Bulletin of the Pasteur Institute of Southern India, Coonoor - No. 2.
Year: 1909
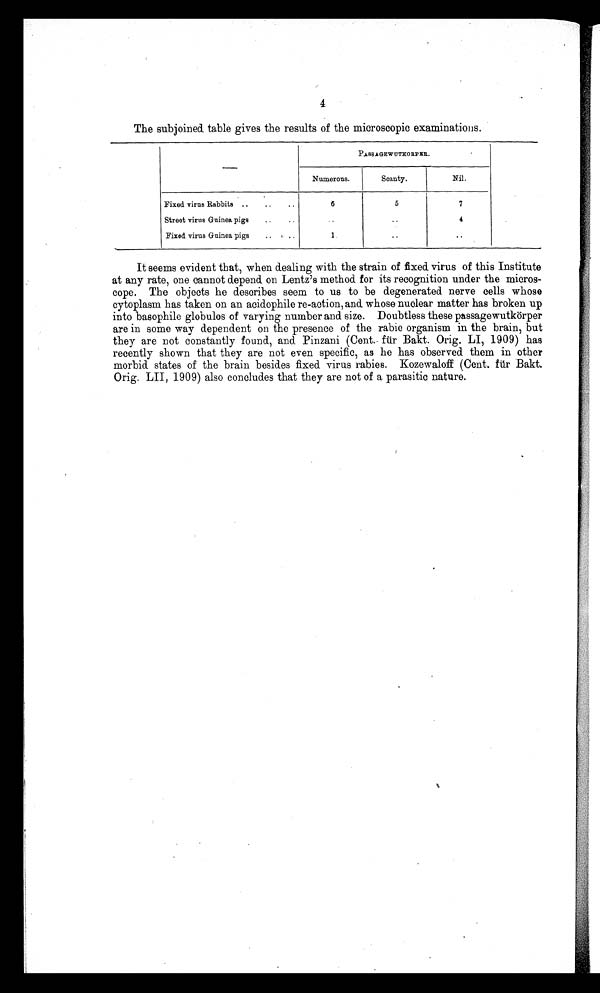
4
The subjoined. table gives the results of the microscopic examinations.
PASSAGEWUTKORPER.
Numerous.
Scanty.
Nil.
Fixed virus Rabbits ..
..
..
6
5
7
Street virus Guinea pigs
..
.
..
..
4
Fixed virus Guinea pigs
..
..
..
It seems evident that, when dealing with the strain of fixed. virus of this Institute
at any rate, one cannot depend on Lentz's method for its recognition under the micros-
cope. The objects he describes seem to us to be degenerated nerve cells whose
cytoplasm has taken on an acidophile re-action, and whose nuclear matter has broken up
into basophile globules of varying number and size. Doubtless these passagewutkörper
are in some way dependent on the presence of the rabic organism in the brain, but
they are not constantly found, and Pinzani (Cent.- für Bakt. Orig. LI, 1909) has
recently shown that they are not even specific, as he has observed them in other
morbid states of the brain besides fixed virus rabies. Kozewaloff (Cent. für Bakt.
Orig. LII, 1909) also concludes that they are not of a parasitic nature.